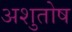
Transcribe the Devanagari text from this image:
अशुतोष